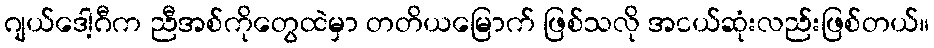
ဂျယ်ဒေါ့ဂီက ညီအစ်ကိုတွေထဲမှာ တတိယမြောက် ဖြစ်သလို အငယ်ဆုံးလည်းဖြစ်တယ်။